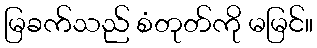
မြခက်သည် စံတုတ်ကို မမြင်။